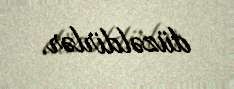
düzəldirlər.